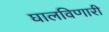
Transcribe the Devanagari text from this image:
घालविणारी